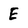
Character: E